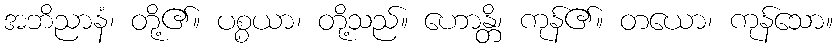
အဘိညာနံ၊ တို့၏။ ပစ္စယာ၊ တို့သည်။ ဟောန္တိ၊ ကုန်၏။ တယော၊ ကုန်သော။